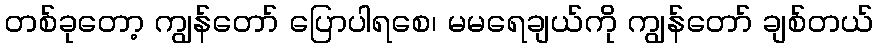
တစ်ခုတော့ ကျွန်တော် ပြောပါရစေ၊ မမရေချယ်ကို ကျွန်တော် ချစ်တယ်